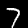
Digit: 7